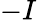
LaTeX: -I